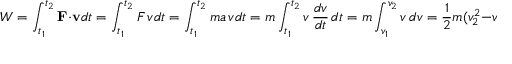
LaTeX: W = \int _ { t _ { 1 } } ^ { t _ { 2 } } \mathbf { F } \cdot \mathbf { v } d t = \int _ { t _ { 1 } } ^ { t _ { 2 } } F \, v d t = \int _ { t _ { 1 } } ^ { t _ { 2 } } m a \, v d t = m \int _ { t _ { 1 } } ^ { t _ { 2 } } v \, { \frac { d v } { d t } } \, d t = m \int _ { v _ { 1 } } ^ { v _ { 2 } } v \, d v = { \frac { 1 } { 2 } } m ( v _ { 2 } ^ { 2 } - v _ { 1 } ^ { 2 } ) .